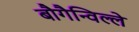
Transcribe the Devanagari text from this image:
बौगैन्विल्ले